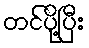
တင်ပို့ပြီး